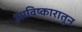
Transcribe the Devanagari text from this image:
आविष्कारातून